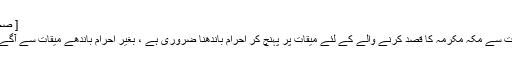
[ صحیح بخاری وصحیح مسلم ]
تشریح : حج و عمرہ کی نیت سے مکہ مکرمہ کا قصد کرنے والے کے لئے میقات پر پہنچ کر احرام باندھنا ضروری ہے ، بغیر احرام باندھے میقات سے آگے جانا قطعا جائز نہیں ہے ۔